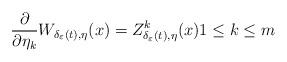
LaTeX: \begin{align*}\frac{\partial}{\partial\eta_{k}}W_{\delta_{\varepsilon}(t),\eta}(x)=Z_{\delta_{\varepsilon}(t),\eta}^{k}(x)1\le k\le m\end{align*}